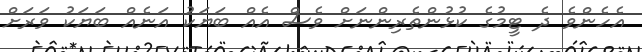
އެހެންވެ ދެ ޓީމުގެ ކުޅުންތެރިންނަށް ވެސް އެއް ބަޔަކު އަނެއް ބަޔަކު ވަރަށް